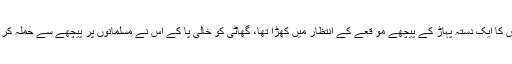
قریش کا ایک دستہ پہاڑ کے پیچھے مو قعے کے انتظار میں کھڑا تھا، گھاٹی کو خالی پا کے اس نے مسلمانوں پر پیچھے سے حملہ کر دیا ۔